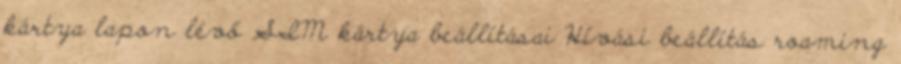
kártya lapon lévő SIM kártya beállításai Hívási beállítás roaming